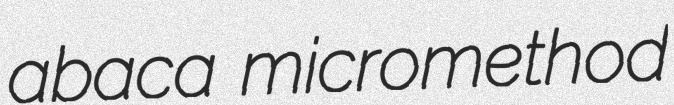
abaca micromethod